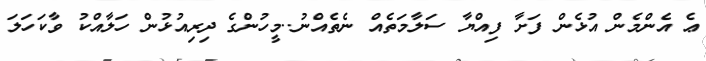
ޢެ އެންމެން އުޅެން ފަށާ ފިއްޔާ ސަލާމަތެއް ނެތެއްނު..މީހުންގެ ދިރިއުޅުން ހަލާއްކު ވާކަހަލަ